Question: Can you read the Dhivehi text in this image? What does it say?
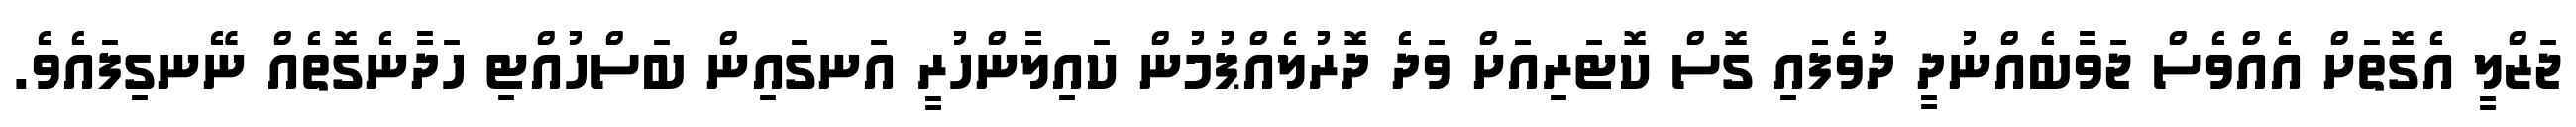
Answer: ޖަޒްލީ އެގޮތަށް އެއްވެސް ޖަވާބެއްނުދީ ދުވެފައި ގޮސް ކޮޓަރިއަށް ވަދެ ދޮރުލެއްޕުމުން ކައިލާންހުރީ އަނގައިން ބަސްހުއްޓި ހަދާނެގޮތެއް ނޭނގިފައެވެ.